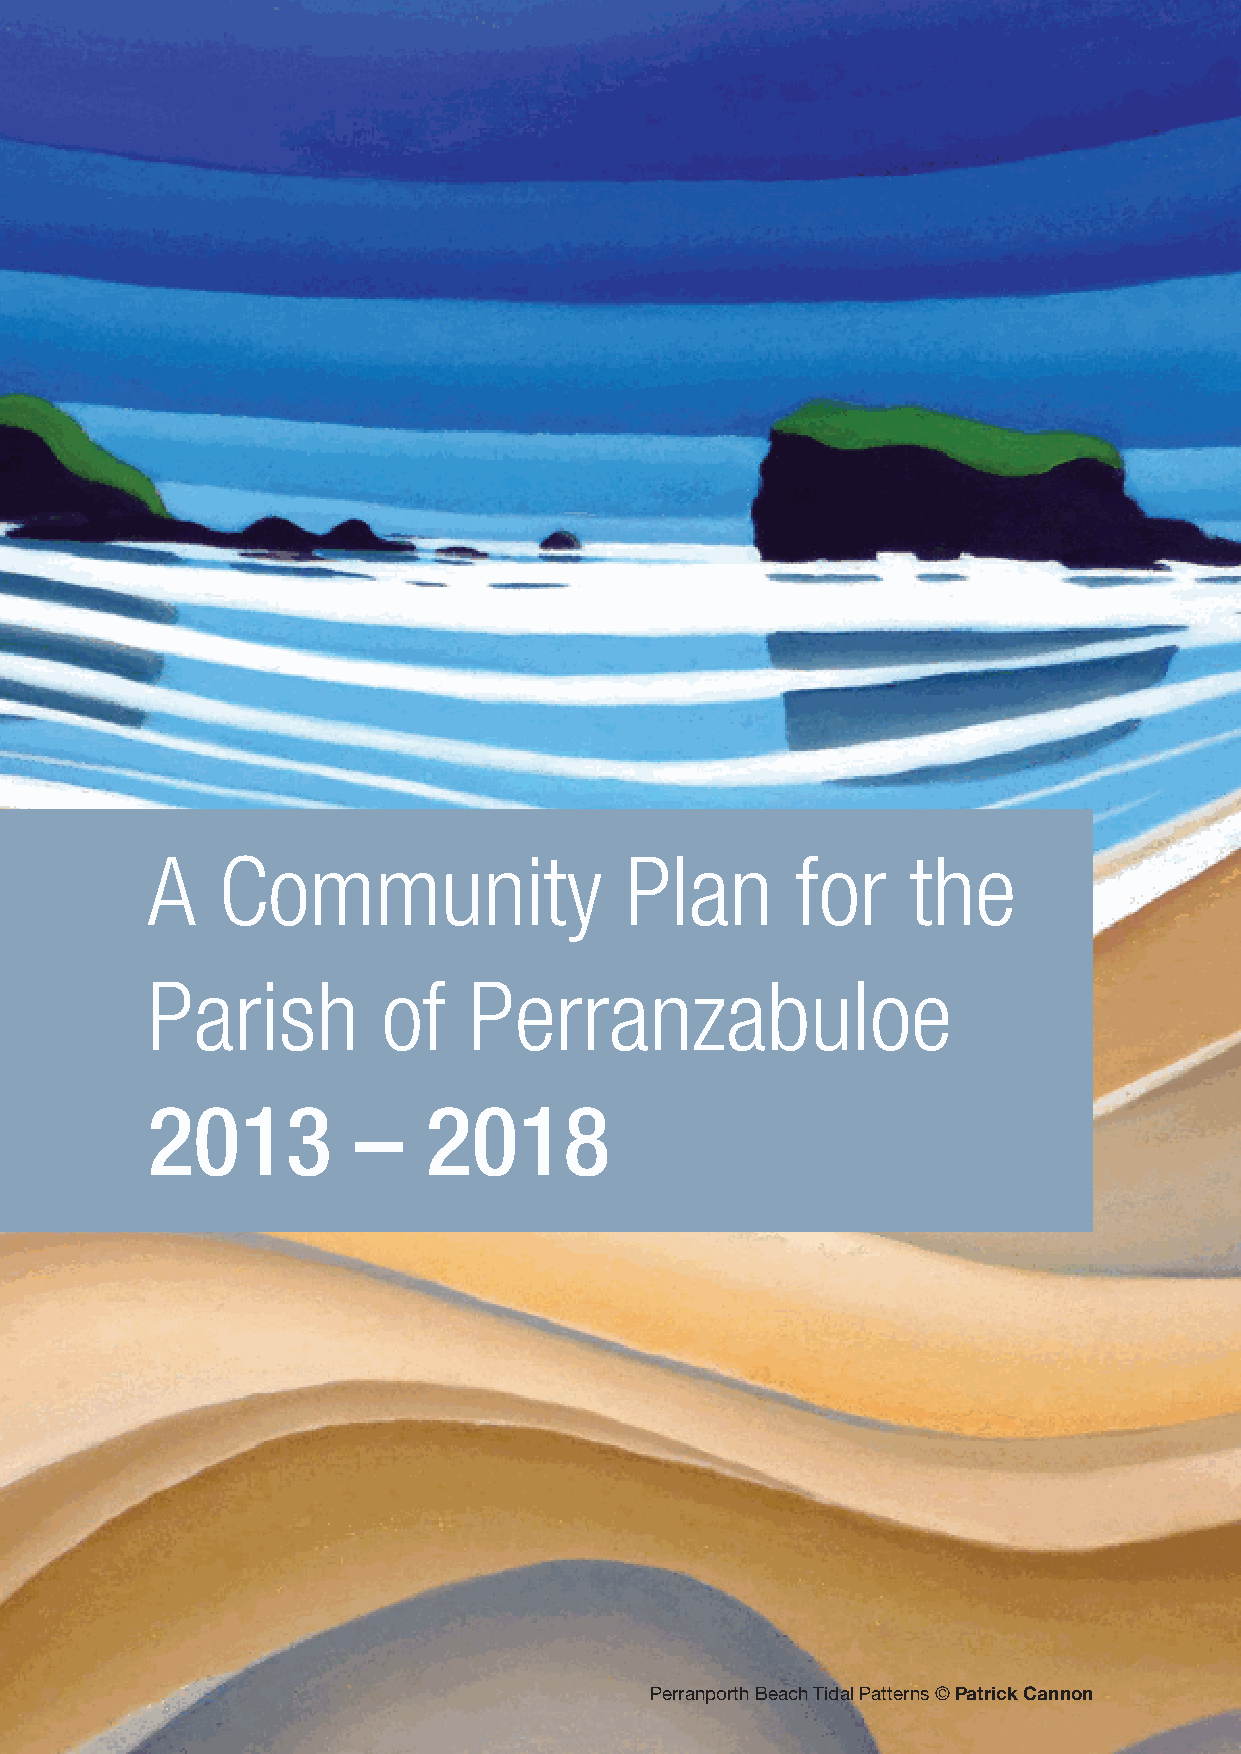
A   Community                  Plan        for    the
 Parish         of    Perranzabuloe
 2013         –    2018
 Perranporth Beach Tidal Patterns © Patrick Cannon